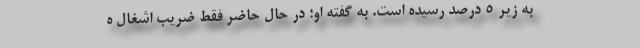
به زیر ۵ درصد رسیده است. به گفته او؛ در حال حاضر فقط ضریب اشغال ه